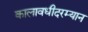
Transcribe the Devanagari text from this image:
कालावधीदरम्यान